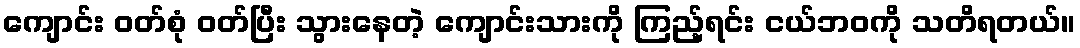
ကျောင်း ဝတ်စုံ ဝတ်ပြီး သွားနေတဲ့ ကျောင်းသားကို ကြည့်ရင်း ငယ်ဘဝကို သတိရတယ်။